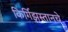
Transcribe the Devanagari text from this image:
किर्गिझस्तानचे